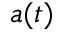
a ( t )